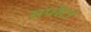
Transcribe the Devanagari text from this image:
सपरेटा